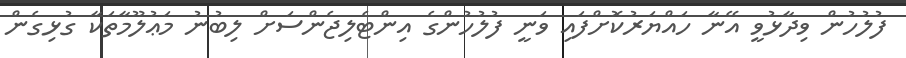
ފުލުހުން ވިދާޅުވީ އޭނާ ހައްޔަރުކޮށްފައި ވަނީ ފުލުހުންގެ އިންޓެލިޖެންސަށް ލިބުނު މަޢުލޫމާތަކާ ގުޅިގެން